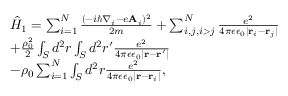
\begin{array} { l } { \hat { H } _ { 1 } = \sum _ { i = 1 } ^ { N } \frac { ( - i \hbar \nabla _ { i } - e \mathbf { A } _ { i } ) ^ { 2 } } { 2 m } + \sum _ { i , j , i > j } ^ { N } \frac { e ^ { 2 } } { 4 \pi \epsilon \epsilon _ { 0 } | \mathbf { r } _ { i } - \mathbf { r } _ { j } | } } \\ { + \frac { \rho _ { 0 } ^ { 2 } } { 2 } \int _ { S } d ^ { 2 } r \int _ { S } d ^ { 2 } r ^ { \prime } \frac { e ^ { 2 } } { 4 \pi \epsilon \epsilon _ { 0 } | \mathbf { r } - \mathbf { r ^ { \prime } } | } } \\ { - \rho _ { 0 } \sum _ { i = 1 } ^ { N } \int _ { S } d ^ { 2 } r \frac { e ^ { 2 } } { 4 \pi \epsilon \epsilon _ { 0 } | \mathbf { r } - \mathbf { r } _ { i } | } , } \end{array}